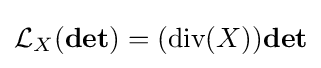
{\mathcal {L}}_{X}(\mathbf {det} )=({\text{div}}(X))\mathbf {det}